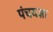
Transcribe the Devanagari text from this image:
पंचयज्ञा